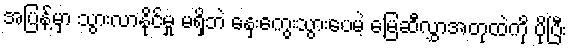
အပြန့်မှာ သွားလာနိုင်မှု မရှိဘဲ နှေးကွေးသွားပေမဲ့ မြေဆီလွှာအတုထဲကို ပိုပြီး